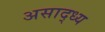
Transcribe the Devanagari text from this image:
असाद्ध्य